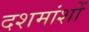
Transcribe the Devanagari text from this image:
दशमांशों